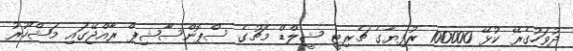
ދުވަހުގެރޭ ކުޅޭ 100000 ރުފިޔާގެ ޗެރިޓީ ޝީލްޑް މެޗުގެ ސްޕޮންސާޝިޕް ރާއްޖޭގައި މަޝްހޫރު